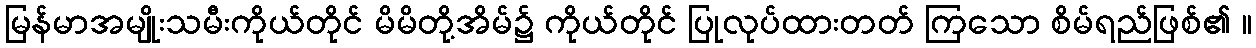
မြန်မာအမျိုးသမီးကိုယ်တိုင် မိမိတို့အိမ်၌ ကိုယ်တိုင် ပြုလုပ်ထားတတ် ကြသော စိမ်ရည်ဖြစ်၏ ။